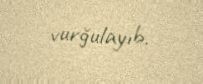
vurğulayıb.